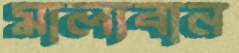
মাল্যবান